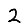
Digit: 2